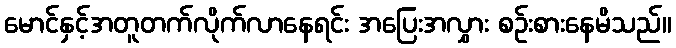
မောင်နှင့်အတူတက်လိုက်လာနေရင်း အပြေးအလွှား စဉ်းစားနေမိသည်။